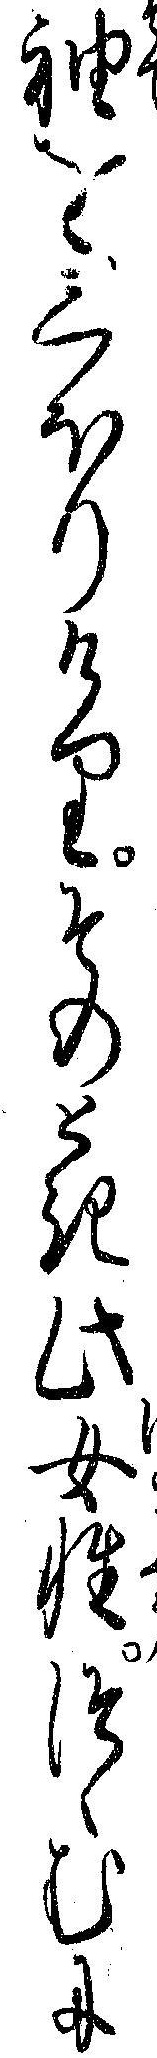
袖をしほりけりそのとき此女性つゝむに